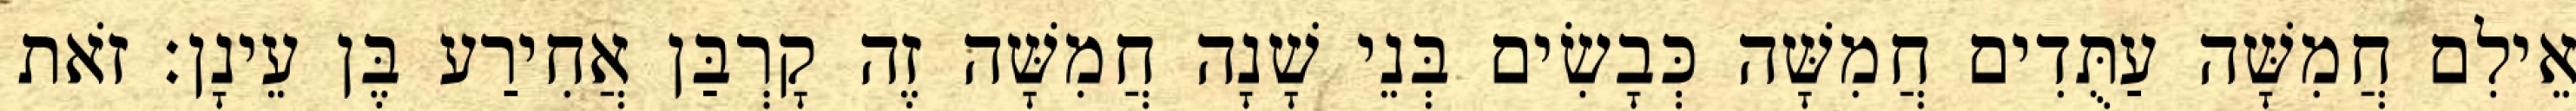
אֵילִם חֲמִשָּׁה עַתֻּדִים חֲמִשָּׁה כְּבָשִׂים בְּנֵי שָׁנָה חֲמִשָּׁה זֶה קָרְבַּן אֲחִירַע בֶּן עֵינָן׃ זֹאת